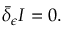
\bar { \delta } _ { \epsilon } I = 0 .